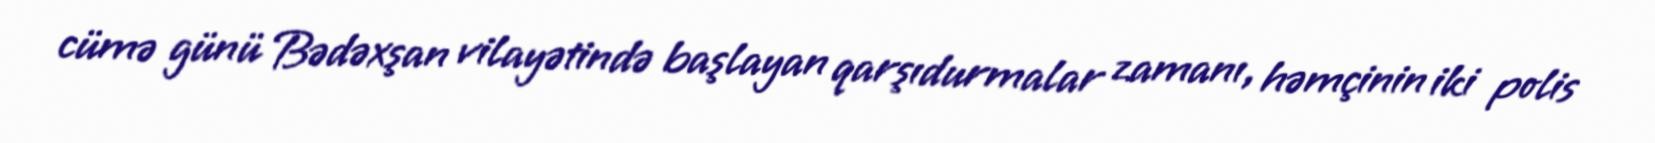
cümə günü Bədəxşan vilayətində başlayan qarşıdurmalar zamanı, həmçinin iki polis